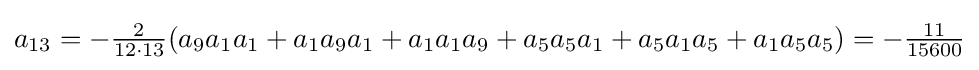
a_{13}=-{\tfrac {2}{12\cdot 13}}(a_{9}a_{1}a_{1}+a_{1}a_{9}a_{1}+a_{1}a_{1}a_{9}+a_{5}a_{5}a_{1}+a_{5}a_{1}a_{5}+a_{1}a_{5}a_{5})=-{\tfrac {11}{15600}}